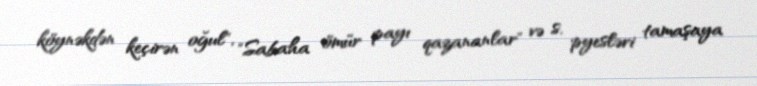
köynəkdən keçirən oğul", "Sabaha ömür payı qazananlar" və s. pyesləri tamaşaya